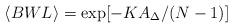
LaTeX: \begin{align*}\langle BWL \rangle = \exp[-KA_{\Delta}/(N-1)]\end{align*}